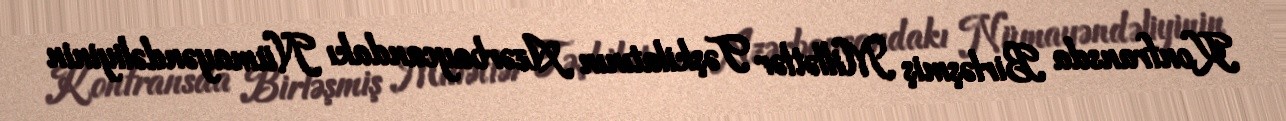
Konfransda Birləşmiş Millətlər Təşkilatının Azərbaycandakı Nümayəndəliyinin